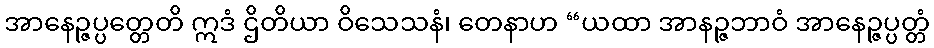
အာနေဉ္ဇပ္ပတ္တေတိ ဣဒံ ဌိတိယာ ဝိသေသနံ၊ တေနာဟ “ယထာ အာနဉ္ဇဘာဝံ အာနေဉ္ဇပ္ပတ္တံ